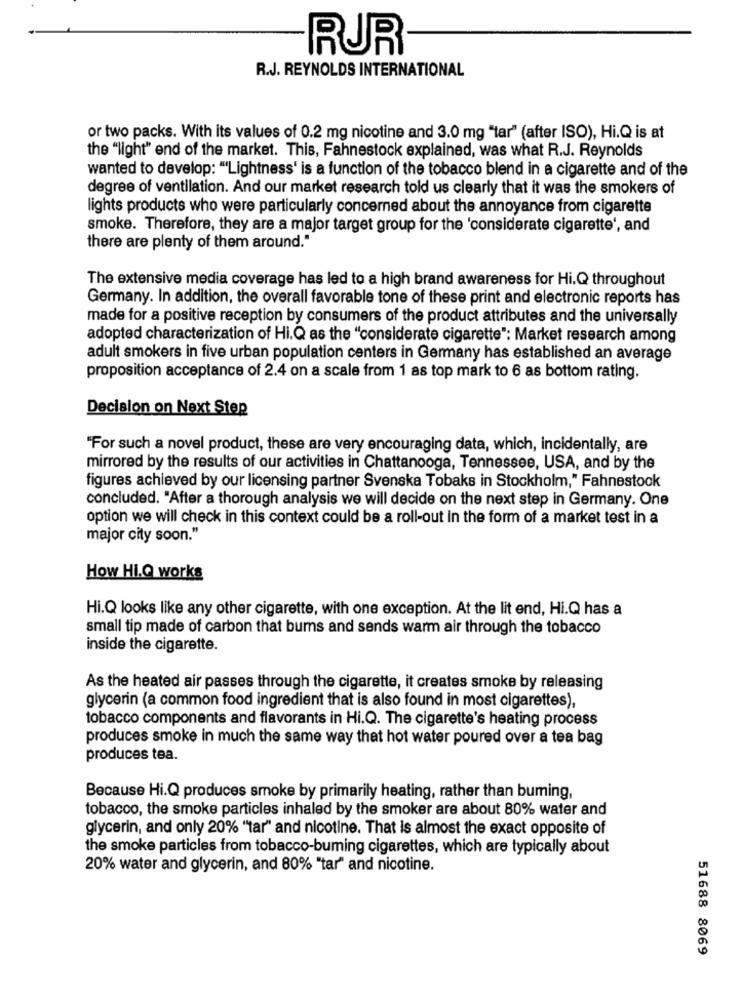
RUR
R.J. REYNOLDS INTERNATIONAL
or two packs. With its values of 0.2 mg nicotine and 3.0 mg "tar" (after ISO), Hi.Q is at
the "light" end of the market. This, Fahnestock explained, was what R.J. Reynolds
wanted to develop: "Lightness' is a function of the tobacco blend in a cigarette and of the
degree of ventilation. And our market research told us clearly that it was the smokers of
lights products who were particularly concerned about the annoyance from cigarette
smoke. Therefore, they are a major target group for the 'considerate cigarette', and
there are plenty of them around."
The extensive media coverage has led to a high brand awareness for Hi.Q throughout
Germany. In addition, the overall favorable tone of these print and electronic reports has
made for a positive reception by consumers of the product attributes and the universally
adopted characterization of Hi.Q as the "considerate cigarette": Market research among
adult smokers in five urban population centers in Germany has established an average
proposition acceptance of 2.4 on a scale from 1 as top mark to 6 as bottom rating.
Decision on Next Step
"For such a novel product, these are very encouraging data, which, incidentally, are
mirrored by the results of our activities in Chattanooga, Tennessee, USA, and by the
figures achieved by our licensing partner Svenska Tobaks in Stockholm," Fahnestock
concluded. "After a thorough analysis we will decide on the next step in Germany. One
option we will check in this context could be a roll-out in the form of a market test in a
major city soon."
How Hi.Q works
Hi.Q looks like any other cigarette, with one exception. At the lit end, Hi.Q has a
small tip made of carbon that bums and sends warm air through the tobacco
inside the cigarette.
As the heated air passes through the cigarette, it creates smoke by releasing
glycerin (a common food ingredient that is also found in most cigarettes),
tobacco components and flavorants in Hi.Q. The cigarette's heating process
produces smoke in much the same way that hot water poured over a tea bag
produces tea.
Because Hi.Q produces smoke by primarily heating, rather than buming,
tobacco, the smoke particles inhaled by the smoker are about 80% water and
glycerin, and only 20% "tar" and nicotine. That is almost the exact opposite of
the smoke particles from tobacco-buming cigarettes, which are typically about
20% water and glycerin, and 80% "tar" and nicotine.
51688 8069